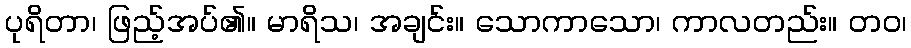
ပုရိတာ၊ ဖြည့်အပ်၏။ မာရိသ၊ အချင်း။ သောကာသော၊ ကာလတည်း။ တဝ၊